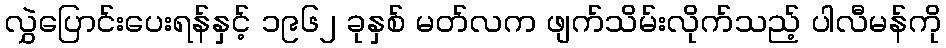
လွှဲပြောင်းပေးရန်နှင့် ၁၉၆၂ ခုနှစ် မတ်လက ဖျက်သိမ်းလိုက်သည့် ပါလီမန်ကို